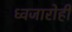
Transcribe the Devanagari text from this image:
ध्वजारोही